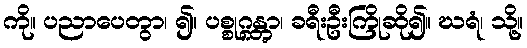
ကို။ ပညာပေတွာ၊ ၍။ ပစ္စုဂ္ဂန္တွာ၊ ခရီးဦးကြိုဆို၍။ ဃရံ၊ သို့။